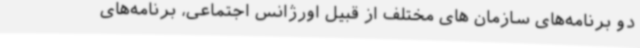
دو برنامه‌های سازمان های مختلف از قبیل اورژانس اجتماعی، برنامه‌های